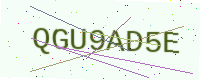
Text: QGU9AD5E